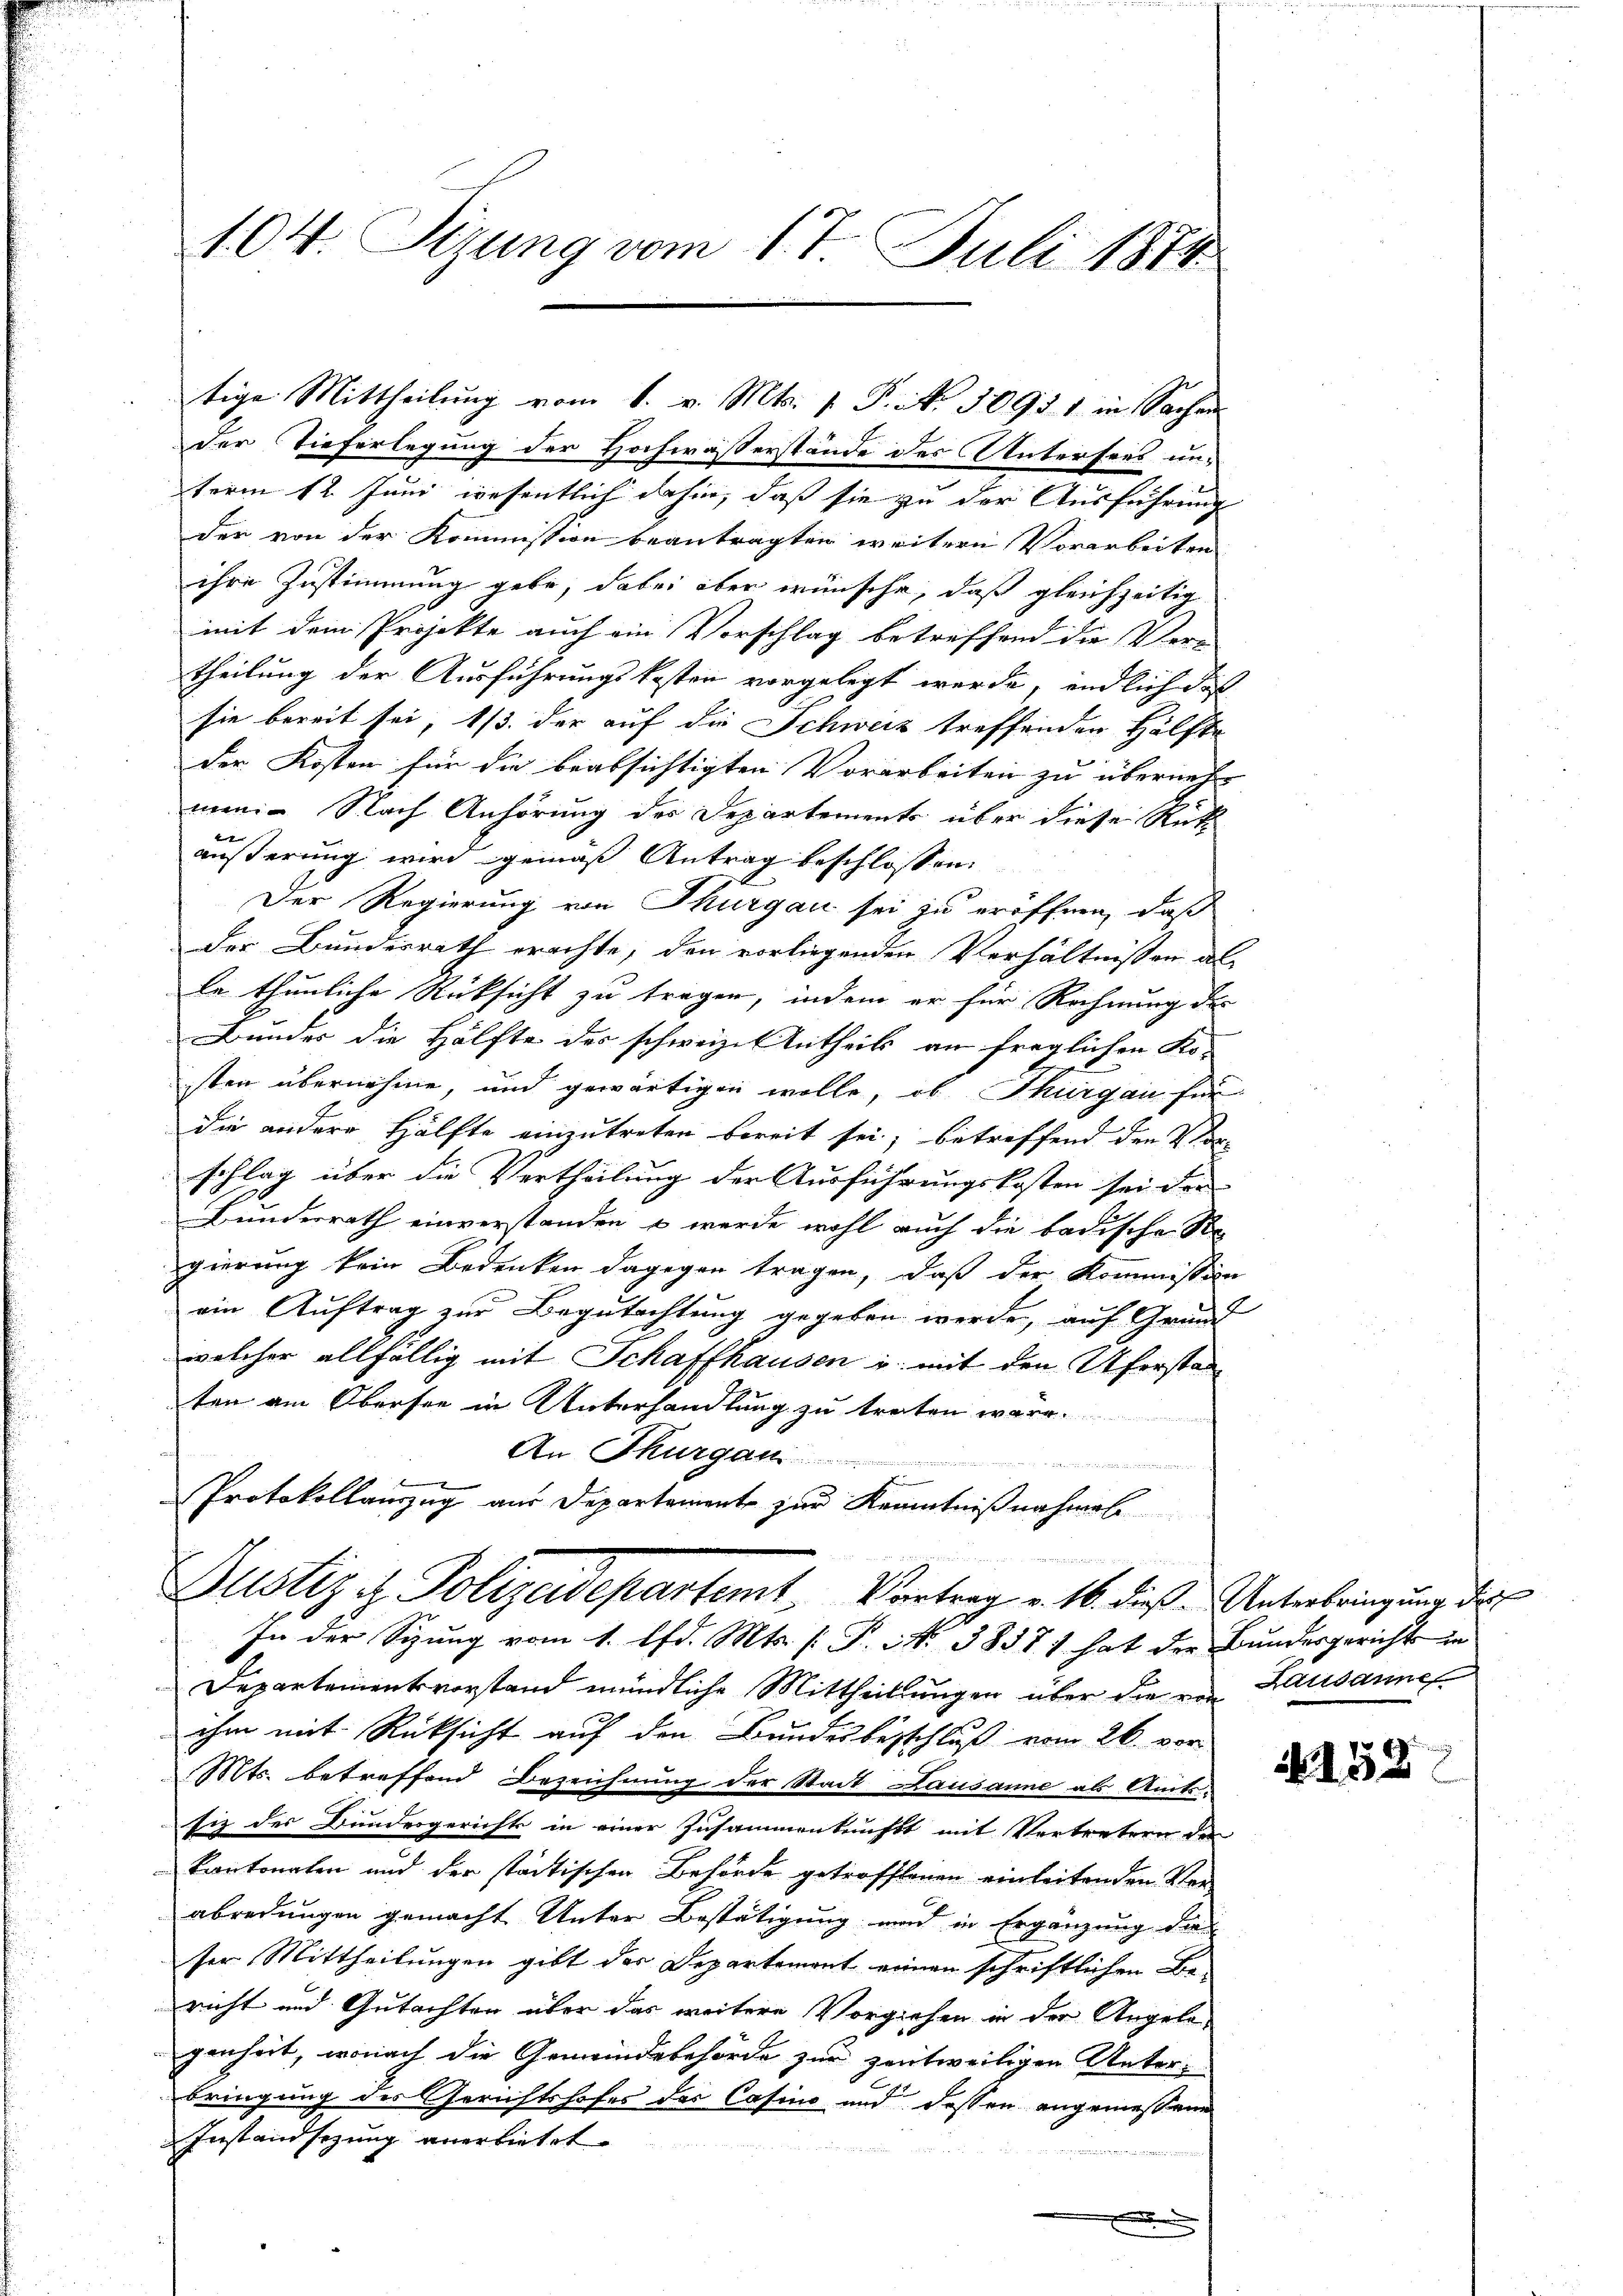
104. Tizung vom 17. Juli 1874

tige Mittheilung vom 1. v. Mts. v. P. No. 50911 in Sachen
der Tieferlegung der Hochwaßerstände des Untersees unterm 12. Juni wesentlich dahin, daß sie zu der Ausführung
der von der Kommission beantragten weitern Vorarbeiten
ihre Zustimmung gebe, dabei aber wünsche, daß gleichzeitig
mit dem Projekte auch ein Vorschlag betreffend die Ver-
theilung der Ausführungskosten vorgelegt werde, endlich das
sie bereit sei, 1/3. der auf die Schweiz treffenden Hälfte
der Kosten für die beabsichtigten Vorarbeiten zu übernehm
men: Nach Anhörung des Departements über diese Rath
äußerung wird gemäß Antrag beschlossen:
Der Regierung von Thurgau sei zu eröffnen, daß
der Bundesrath erachte, den vorliegenden Verhältnissen al
le thunliche Rücksicht zu tragen, indem er für Rechnung der
Bunder die Hälfte des schweiz. Antheils an freylichen Ko-
sten übernehme, und gewärtigen wolle, ob Thurgau für
die andere Hälfte einzutreten bereit sei; betreffend den Vorschlag über die Vertheilung der Ausführungskosten sei die
Bunderrath einverstanden, u werde wohl auch die badische Ste
gierung kein Bedenken dagegen tragen, daß der Kommission
ein Auftrag zur Begutachtung gegeben werde, auf Grund
welcher allfällig mit Schaffhausen u. mit den Uferstan
ten am Obersee in Unterhandlung zu treten wäre.
An Thurgau
e
Protokollauszug aus Departement zur Kenntnißnahmel
Justiz & Polizeidepartemt, Vertrag v. 16. dieß. Unterbringung des
In der Sitzung vom 1. lfd. Mts. (T. N. 3858 hat der Bundesgerichts in
Departementsvorstand mündliche Mittheilungen über die von Lausanne
ihm mit Rücksicht auf den Bundesbeschluß vom 26. vor
Mts. betreffend Bezeichnung der Stadt Lausanne als Amtssiz der Bundesgerichts in einer Zusammentrift mit Vertretern der
kantonaten und der städtischen Behörde getroffenen einleitenden Verabredungen gemacht Unter Bestätigung wird in Ergänzung die
ser Mittheilungen gibt des Departemont reinen schriftlichen Be-
richt und Gutachten über das weitere Vorziehen in der Angelagenheit, wonach die Gemeindebehörde zur zentweiligen Unterbringung des Gerichtshofes des Casino und dessen angemessene
Instandsetzung anerbietet.

.

N 152